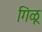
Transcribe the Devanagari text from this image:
गिळू